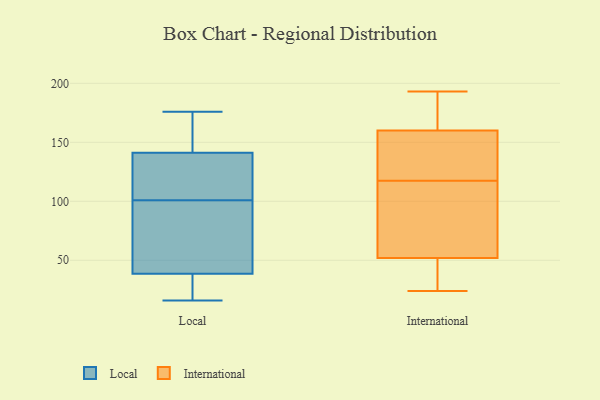
{"axis": {"x": "Tickets Resolved", "y": "Value"}, "legend": ["International", "Local"], "data": [{"x": "", "y": 161, "type": "Local"}, {"x": "", "y": 40, "type": "Local"}, {"x": "", "y": 54, "type": "Local"}, {"x": "", "y": 69, "type": "Local"}, {"x": "", "y": 34, "type": "Local"}, {"x": "", "y": 19, "type": "Local"}, {"x": "", "y": 142, "type": "Local"}, {"x": "", "y": 16, "type": "Local"}, {"x": "", "y": 106, "type": "Local"}, {"x": "", "y": 174, "type": "Local"}, {"x": "", "y": 26, "type": "Local"}, {"x": "", "y": 176, "type": "Local"}, {"x": "", "y": 123, "type": "Local"}, {"x": "", "y": 101, "type": "Local"}, {"x": "", "y": 66, "type": "Local"}, {"x": "", "y": 141, "type": "Local"}, {"x": "", "y": 104, "type": "Local"}, {"x": "", "y": 69, "type": "International"}, {"x": "", "y": 136, "type": "International"}, {"x": "", "y": 145, "type": "International"}, {"x": "", "y": 189, "type": "International"}, {"x": "", "y": 151, "type": "International"}, {"x": "", "y": 64, "type": "International"}, {"x": "", "y": 190, "type": "International"}, {"x": "", "y": 94, "type": "International"}, {"x": "", "y": 52, "type": "International"}, {"x": "", "y": 160, "type": "International"}, {"x": "", "y": 145, "type": "International"}, {"x": "", "y": 24, "type": "International"}, {"x": "", "y": 51, "type": "International"}, {"x": "", "y": 30, "type": "International"}, {"x": "", "y": 193, "type": "International"}, {"x": "", "y": 99, "type": "International"}, {"x": "", "y": 183, "type": "International"}, {"x": "", "y": 27, "type": "International"}]}